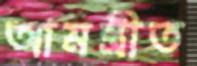
আমন্ত্রীত